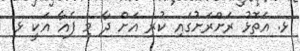
ޅ. އަތޮޅު ރަށްރަށުގައި ކުރި އަށް ދާ މި ފެއާ އަކީ ޅ.